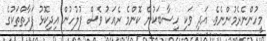
މީހުންނެރެމުންނެވެ. އަދި ވަކި ހިސާބަކުން ކޮންމެ ރެއަކު ވެސް ފުލުހުން އިދިކޮޅު ފަރާތްތަކުގެ